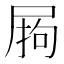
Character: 𭕣